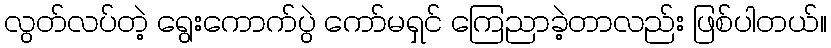
လွတ်လပ်တဲ့ ရွေးကောက်ပွဲ ကော်မရှင် ကြေညာခဲ့တာလည်း ဖြစ်ပါတယ်။